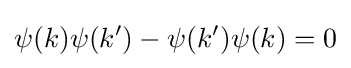
\psi (k)\psi (k')-\psi (k')\psi (k)=0